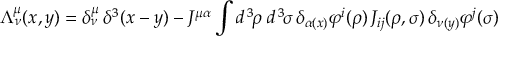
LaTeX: \Lambda _ { \nu } ^ { \mu } ( x , y ) = \delta _ { \nu } ^ { \mu } \, \delta ^ { 3 } ( x - y ) - J ^ { \mu \alpha } \int d ^ { \, 3 } \! \rho \; d ^ { \, 3 } \! \sigma \, \delta _ { \alpha ( x ) } \varphi ^ { i } ( \rho ) \, J _ { i j } ( \rho , \sigma ) \, \delta _ { \nu ( y ) } \varphi ^ { j } ( \sigma )